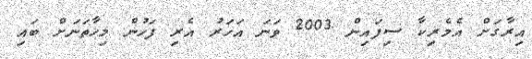
އިރާގަށް އެމެރިކާ ސިފައިން 2003 ވަނަ އަހަރު އެރި ފަހުން މިހާތަނަށް ބައި